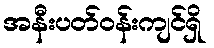
အနီးပတ်ဝန်းကျင်ရှိ